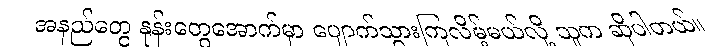
အနည်တွေ နုန်းတွေအောက်မှာ ပျောက်သွားကြလိမ့်မယ်လို့ သူက ဆိုပါတယ်။